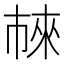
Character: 𬽖